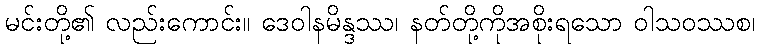
မင်းတို့၏ လည်းကောင်း။ ဒေဝါနမိန္ဒဿ၊ နတ်တို့ကိုအစိုးရသော ဝါသဝဿစ၊